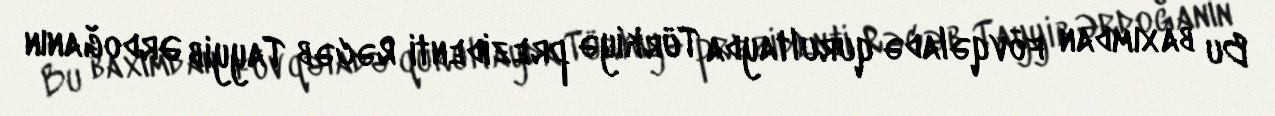
Bu baxımdan fövqəladə qurultayda Türkiyə prezidenti Rəcəb Tayyib Ərdoğanın